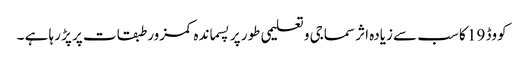
کووڈ 19 کا سب سے زیادہ اثر سماجی و تعلیمی طور پر پسماندہ کمزور طبقات پر پڑ رہا ہے ۔